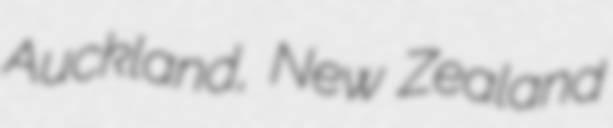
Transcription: Auckland, New Zealand